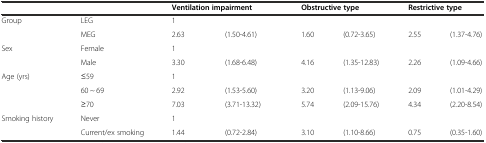
<table><thead><tr><td colspan="2"></td><td colspan="2"><b>Ventilation impairment</b></td><td colspan="2"><b>Obstructive type</b></td><td colspan="2"><b>Restrictive type</b></td></tr></thead><tbody><tr><td>Group</td><td>LEG</td><td>1</td><td></td><td></td><td></td><td></td><td></td></tr><tr><td></td><td>MEG</td><td>2.63</td><td>(1.50-4.61)</td><td>1.60</td><td>(0.72-3.65)</td><td>2.55</td><td>(1.37-4.76)</td></tr><tr><td>Sex</td><td>Female</td><td>1</td><td></td><td></td><td></td><td></td><td></td></tr><tr><td></td><td>Male</td><td>3.30</td><td>(1.68-6.48)</td><td>4.16</td><td>(1.35-12.83)</td><td>2.26</td><td>(1.09-4.66)</td></tr><tr><td>Age (yrs)</td><td>≤59</td><td>1</td><td></td><td></td><td></td><td></td><td></td></tr><tr><td></td><td>60 ~ 69</td><td>2.92</td><td>(1.53-5.60)</td><td>3.20</td><td>(1.13-9.06)</td><td>2.09</td><td>(1.01-4.29)</td></tr><tr><td></td><td>≥70</td><td>7.03</td><td>(3.71-13.32)</td><td>5.74</td><td>(2.09-15.76)</td><td>4.34</td><td>(2.20-8.54)</td></tr><tr><td>Smoking history</td><td>Never</td><td>1</td><td></td><td></td><td></td><td></td><td></td></tr><tr><td></td><td>Current/ex smoking</td><td>1.44</td><td>(0.72-2.84)</td><td>3.10</td><td>(1.10-8.66)</td><td>0.75</td><td>(0.35-1.60)</td></tr></tbody></table>